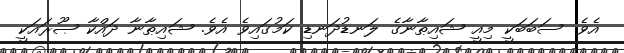
އެވެ. ސަބަބަކީ މިއީ ޝައިޠާނާގެ ލަނޑުދަނޑި ކަމުގައިވެ އެވެ. ޝައިޠާނާ ދައްކާ ޞޫރައަކީ